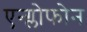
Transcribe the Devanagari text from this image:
एन्ग्लोफोन